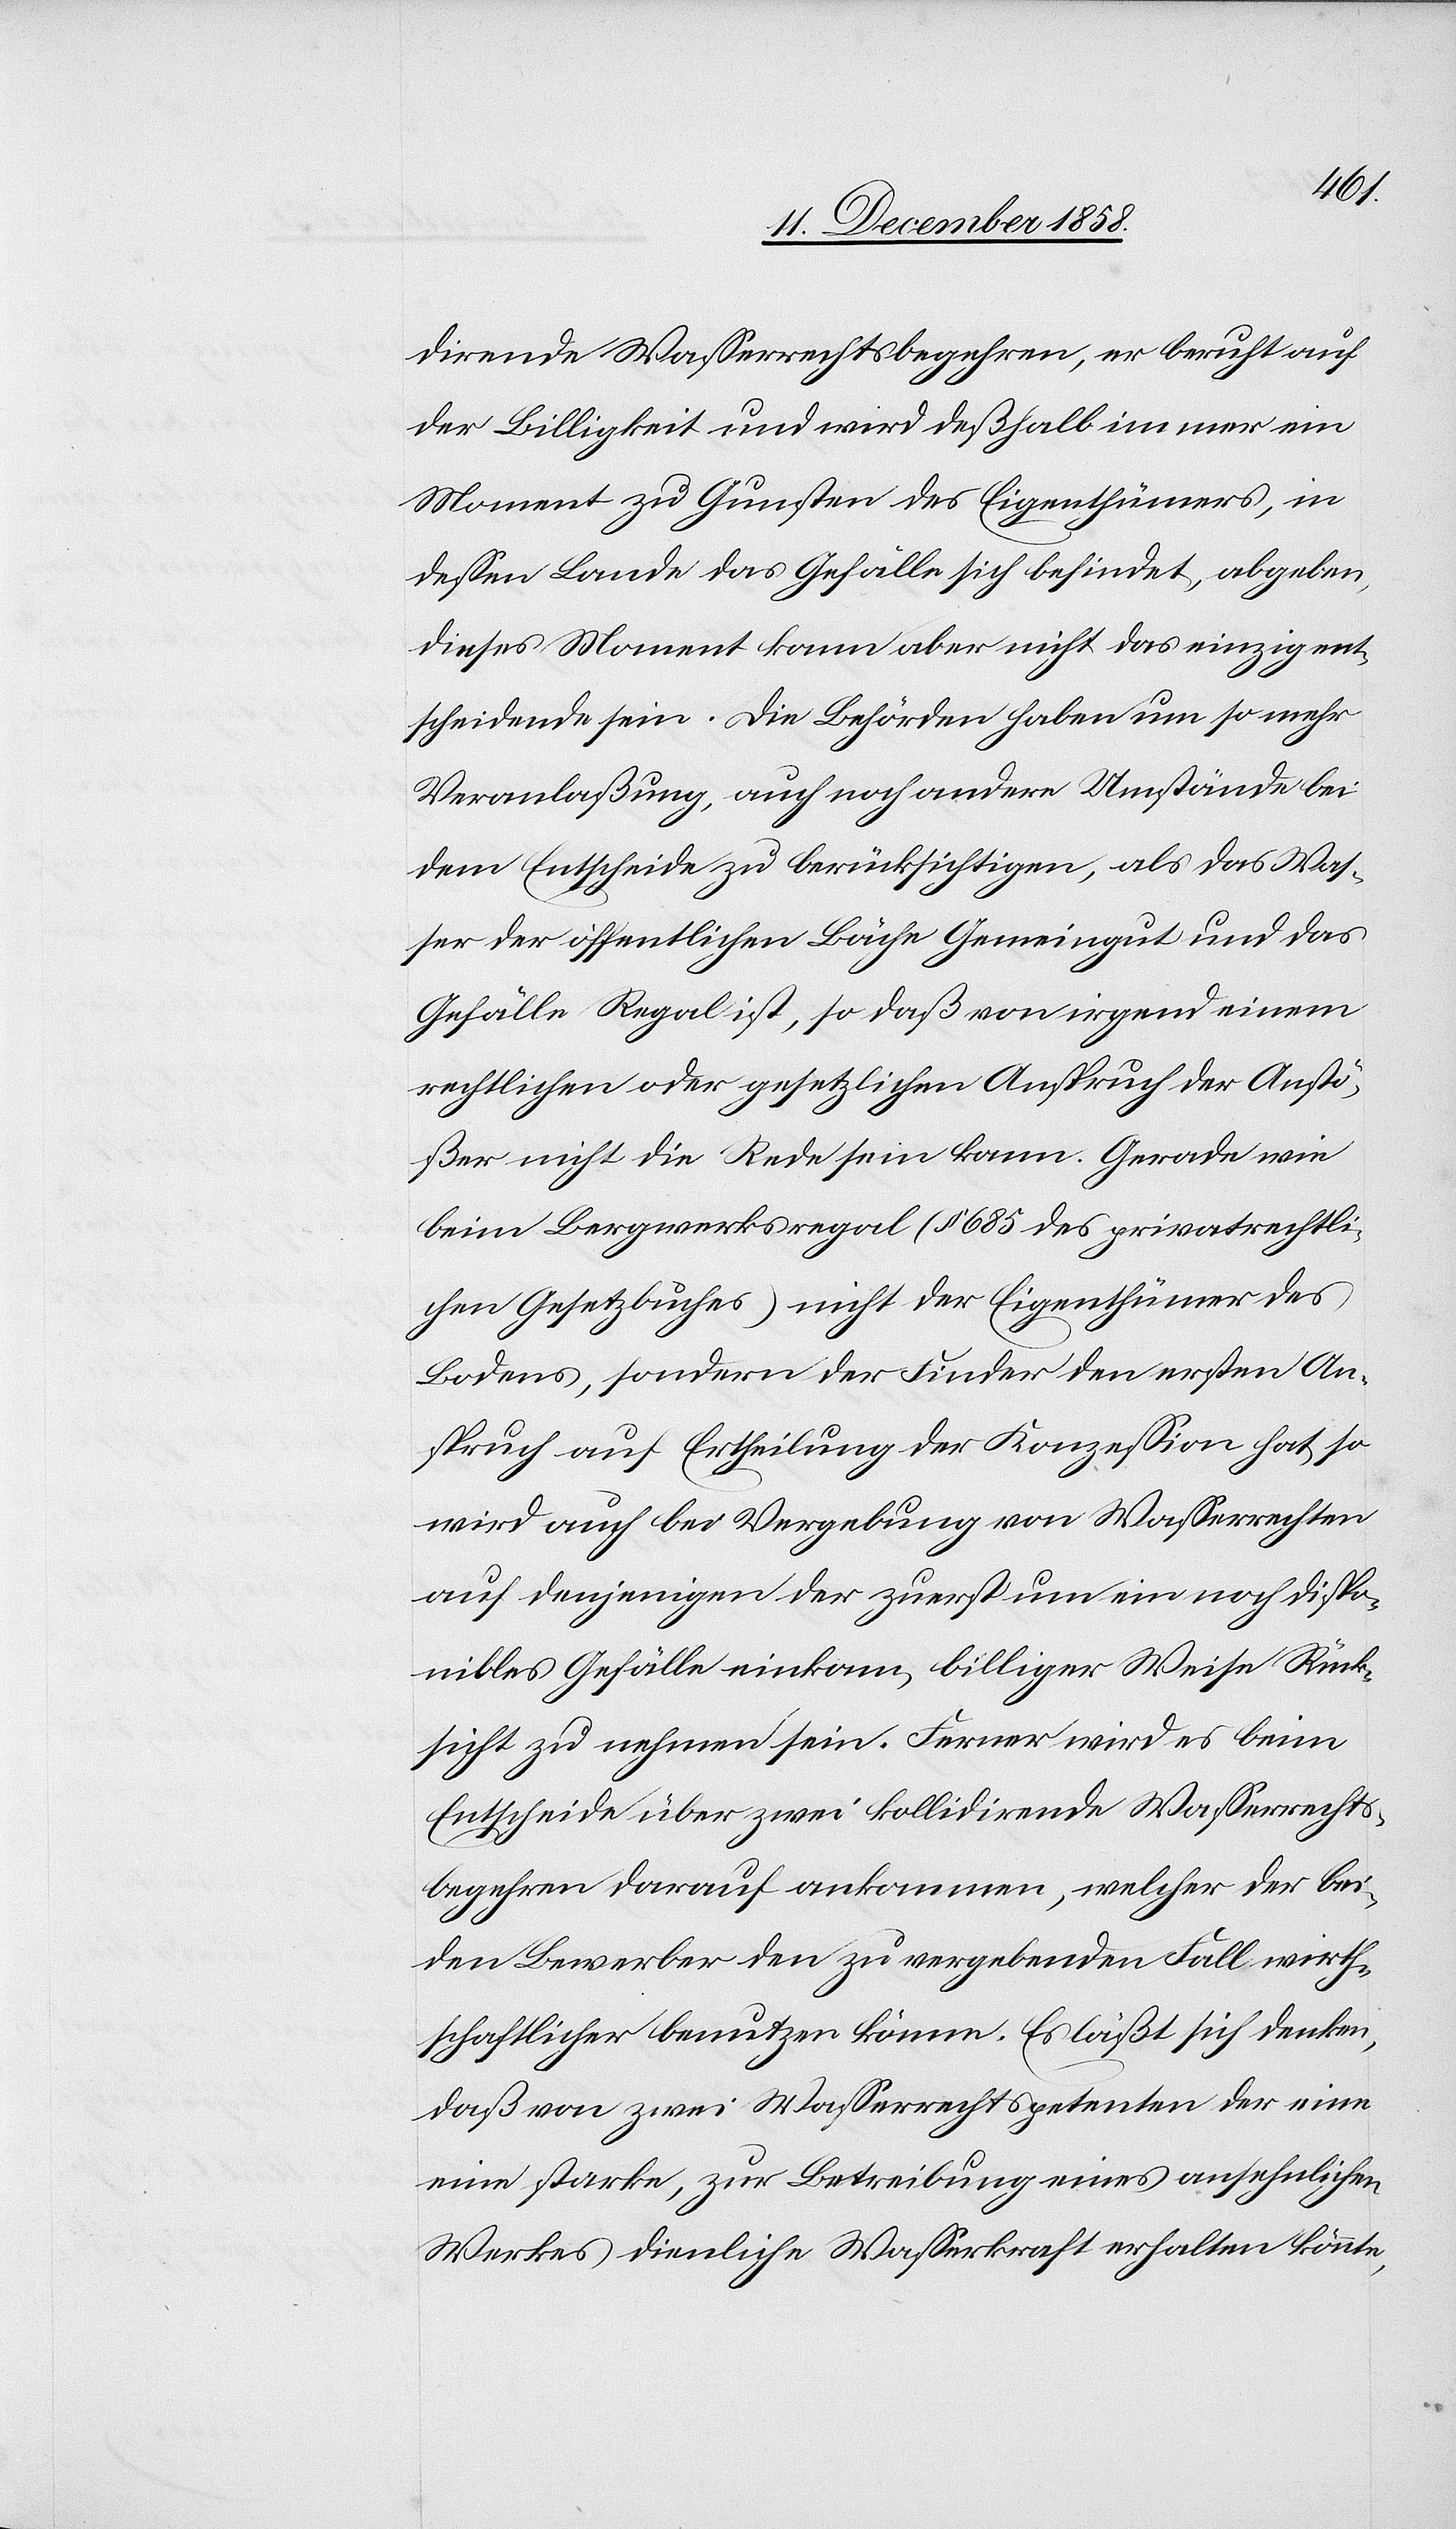
dirende Wasserrechtsbegehren, er beruht auf
der Billigkeit und wird deßhalb immer ein
Moment zu Gunsten des Eigenthümers, in
dessen Lande das Gefälle sich befindet, abgeben,
dieses Moment kann aber nicht das einzig ent¬
scheidende sein. Die Behörden haben um so mehr
Veranlaßung, auch noch andere Umstände bei
dem Entscheide zu berücksichtigen, als das Was¬
ser der öffentlichen Bäche Gemeingut und das
Gefälle Regal ist, so daß von irgend einem
rechtlichen oder gesetzlichen Anspruch der Anstö¬
ßer nicht die Rede sein kann. Gerade wie
beim Bergwerksregal (§ 685 des privatrechtli¬
chen Gesetzbuches) nicht der Eigenthümer des
Bodens, sondern der Finder den ersten An¬
spruch auf Ertheilung der Konzession hat, so
wird auch bei Vergebung von Wasserrechten
auf denjenigen der zuerst um ein noch dispo¬
nibles Gefälle einkam, billiger Weise Rück¬
sicht zu nehmen sein. Ferner wird es beim
Entscheide über zwei kollidirende Wasserrechts¬
begehren darauf ankommen, welcher der bei¬
den Bewerber den zu vergebenden Fall wirth¬
schaftlicher benutzen könne. Es läßt sich denken,
daß von zwei Wasserrechtspetenten der eine
eine starke, zur Betreibung eines ansehnlichen
Werkes dienliche Wasserkraft erhalten könnte,